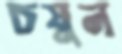
চষুন